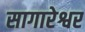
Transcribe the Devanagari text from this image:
सागारेश्वर